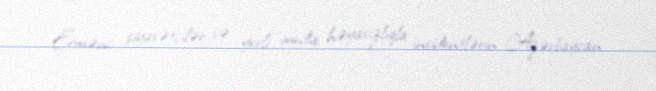
Erməni siyasətçilər və yerli media həyasızlıqla insidentlərin Azərbaycan